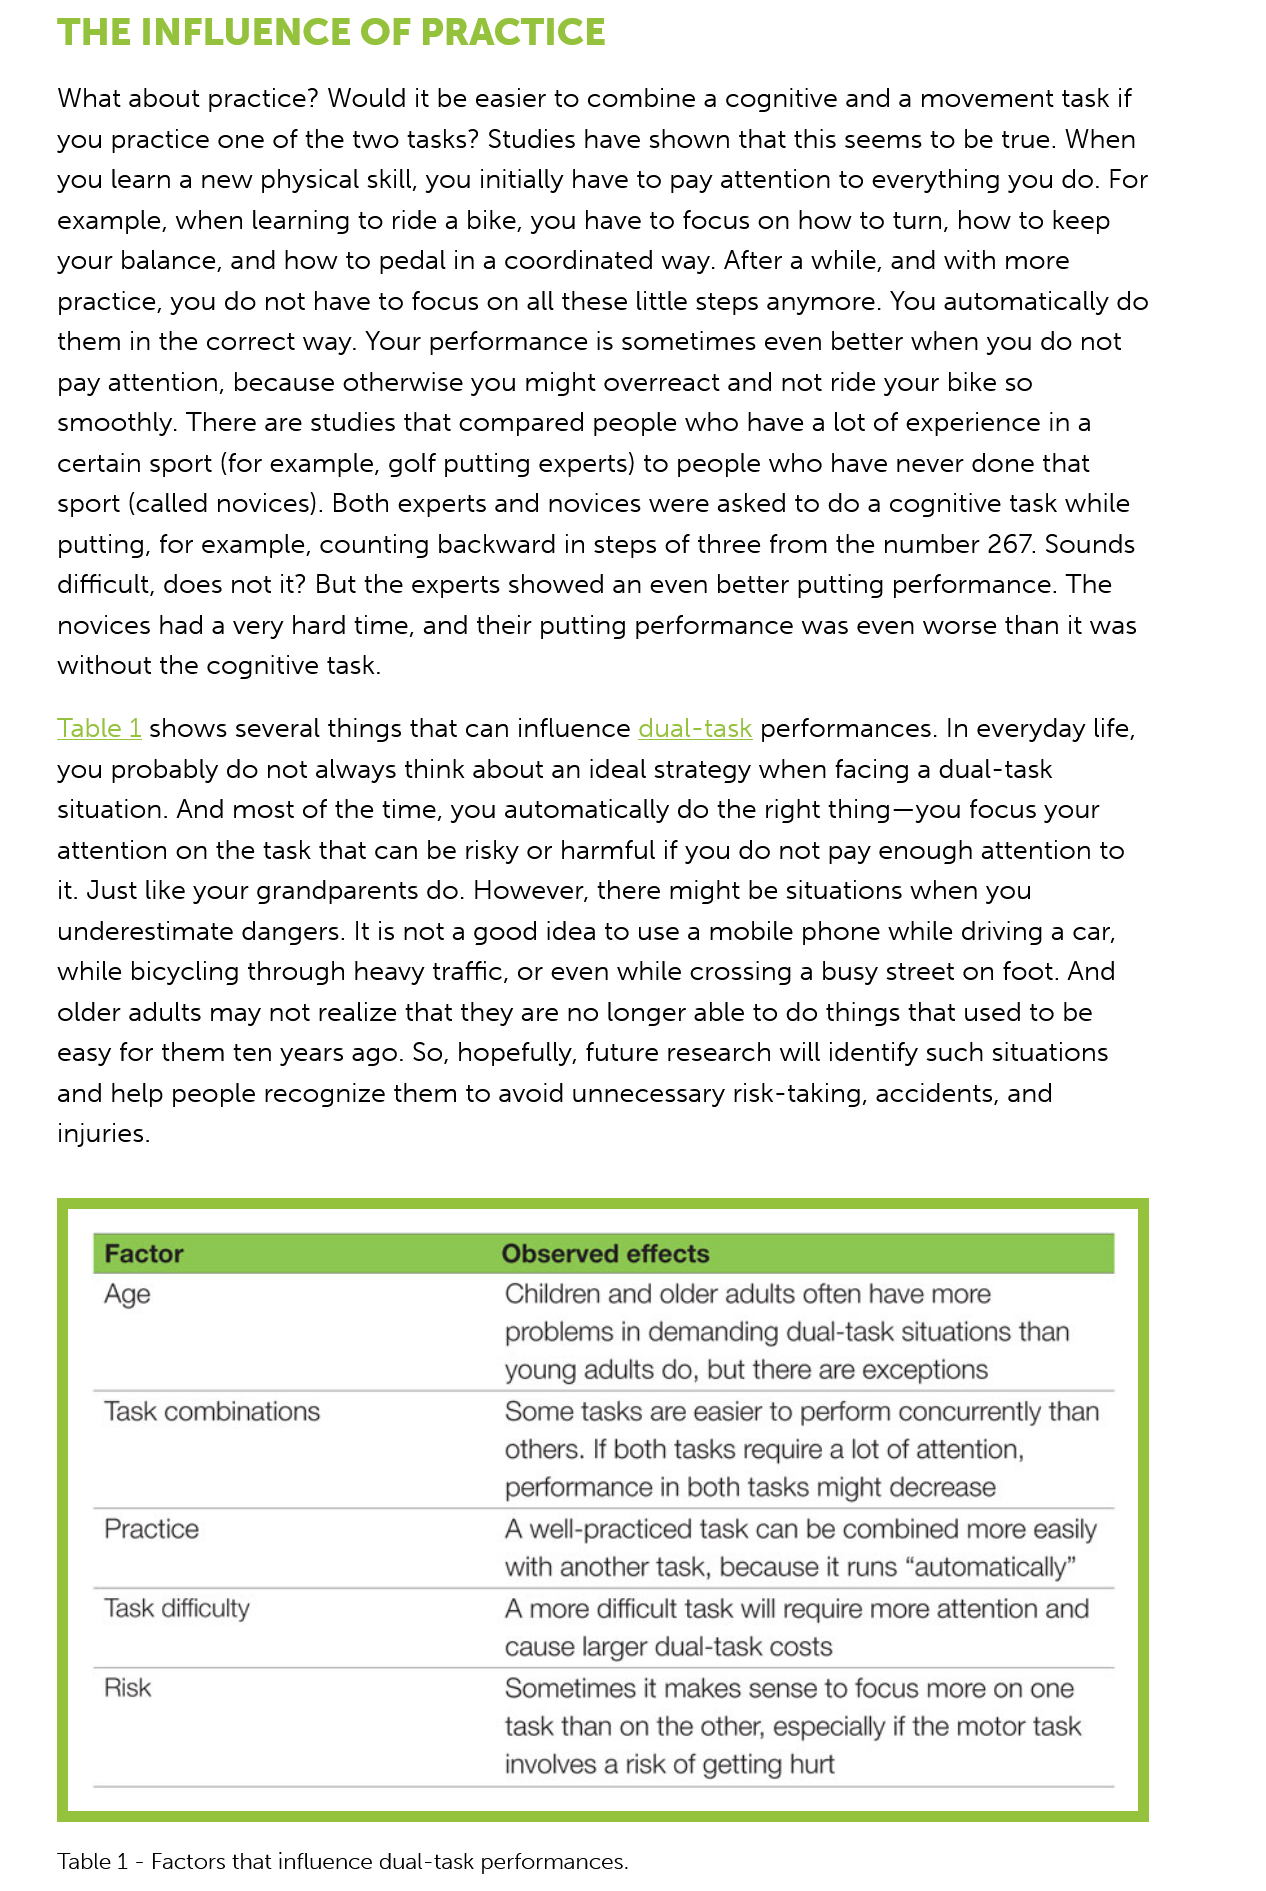
THE   INFLUENCE    OF    PRACTICE
     What about practice? Would it be easier to combine a cognitive and a movement task if
     you practice one of the two tasks? Studies have shown that this seems to be true. When
     you learn a new physical skill, you initially have to pay attention to everything you do. For
     example, when learning to ride a bike, you have to focus on how to turn, how to keep
     your balance, and how to pedal in a coordinated way. After a while, and with more
     practice, you do not have to focus on all these little steps anymore. You automatically do
     them in the correct way. Your performance is sometimes even better when you do not
     pay attention, because otherwise you might overreact and not ride your bike so
     smoothly. There are studies that compared people who have a lot of experience ina
     certain sport (for example, golf putting experts) to people who have never done that
     sport (called novices). Both experts and novices were asked to do a cognitive task while
     putting, for example, counting backward in steps of three from the number 267. Sounds
     difficult, does not it? But the experts showed an even better putting performance. The
     novices had a very hard time, and their putting performance was even worse than it was
     without the cognitive task.
     Table 1 shows several things that can influence dual-task performances. In everyday life,
     you probably do not always think about an ideal strategy when facing a dual-task
     situation. And most of the time, you automatically do the right thing—you focus your
     attention on the task that can be risky or harmful if you do not pay enough attention to
     it. Just like your grandparents do. However, there might be situations when you
     underestimate dangers. It is not a good idea to use a mobile phone while driving a car,
     while bicycling through heavy traffic, or even while crossing a busy street on foot. And
     older adults may not realize that they are no longer able to do things that used to be
     easy for them ten years ago. So, hopefully, future research will identify such situations
     and help people recognize them to avoid unnecessary risk-taking, accidents, and
     injuries.
     Table 1
     -
     Factors that influence dual-task performances.